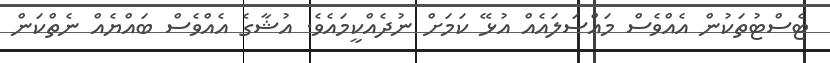
ޓެސްޓުތަކުން އެއްވެސް މައްސަލައެއް އުޅޭ ކަމަށް ނުދެއްކީމައެވެ. އުޝާގެ އެއްވެސް ބައްޔެއް ނެތްކަން